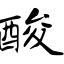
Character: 酸